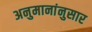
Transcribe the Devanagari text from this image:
अनुमानांनुसार